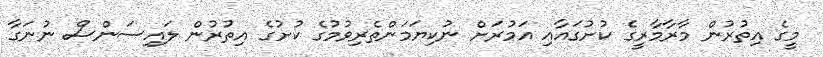
މީގެ އިތުރުން މާރާމާރީގެ ކުށުގައާއި އަމުރަށް ނުކިޔަމަންތެރިވުމުގެ ކުށުގެ އިތުރުން ލައިސަންސް ނުނަގާ